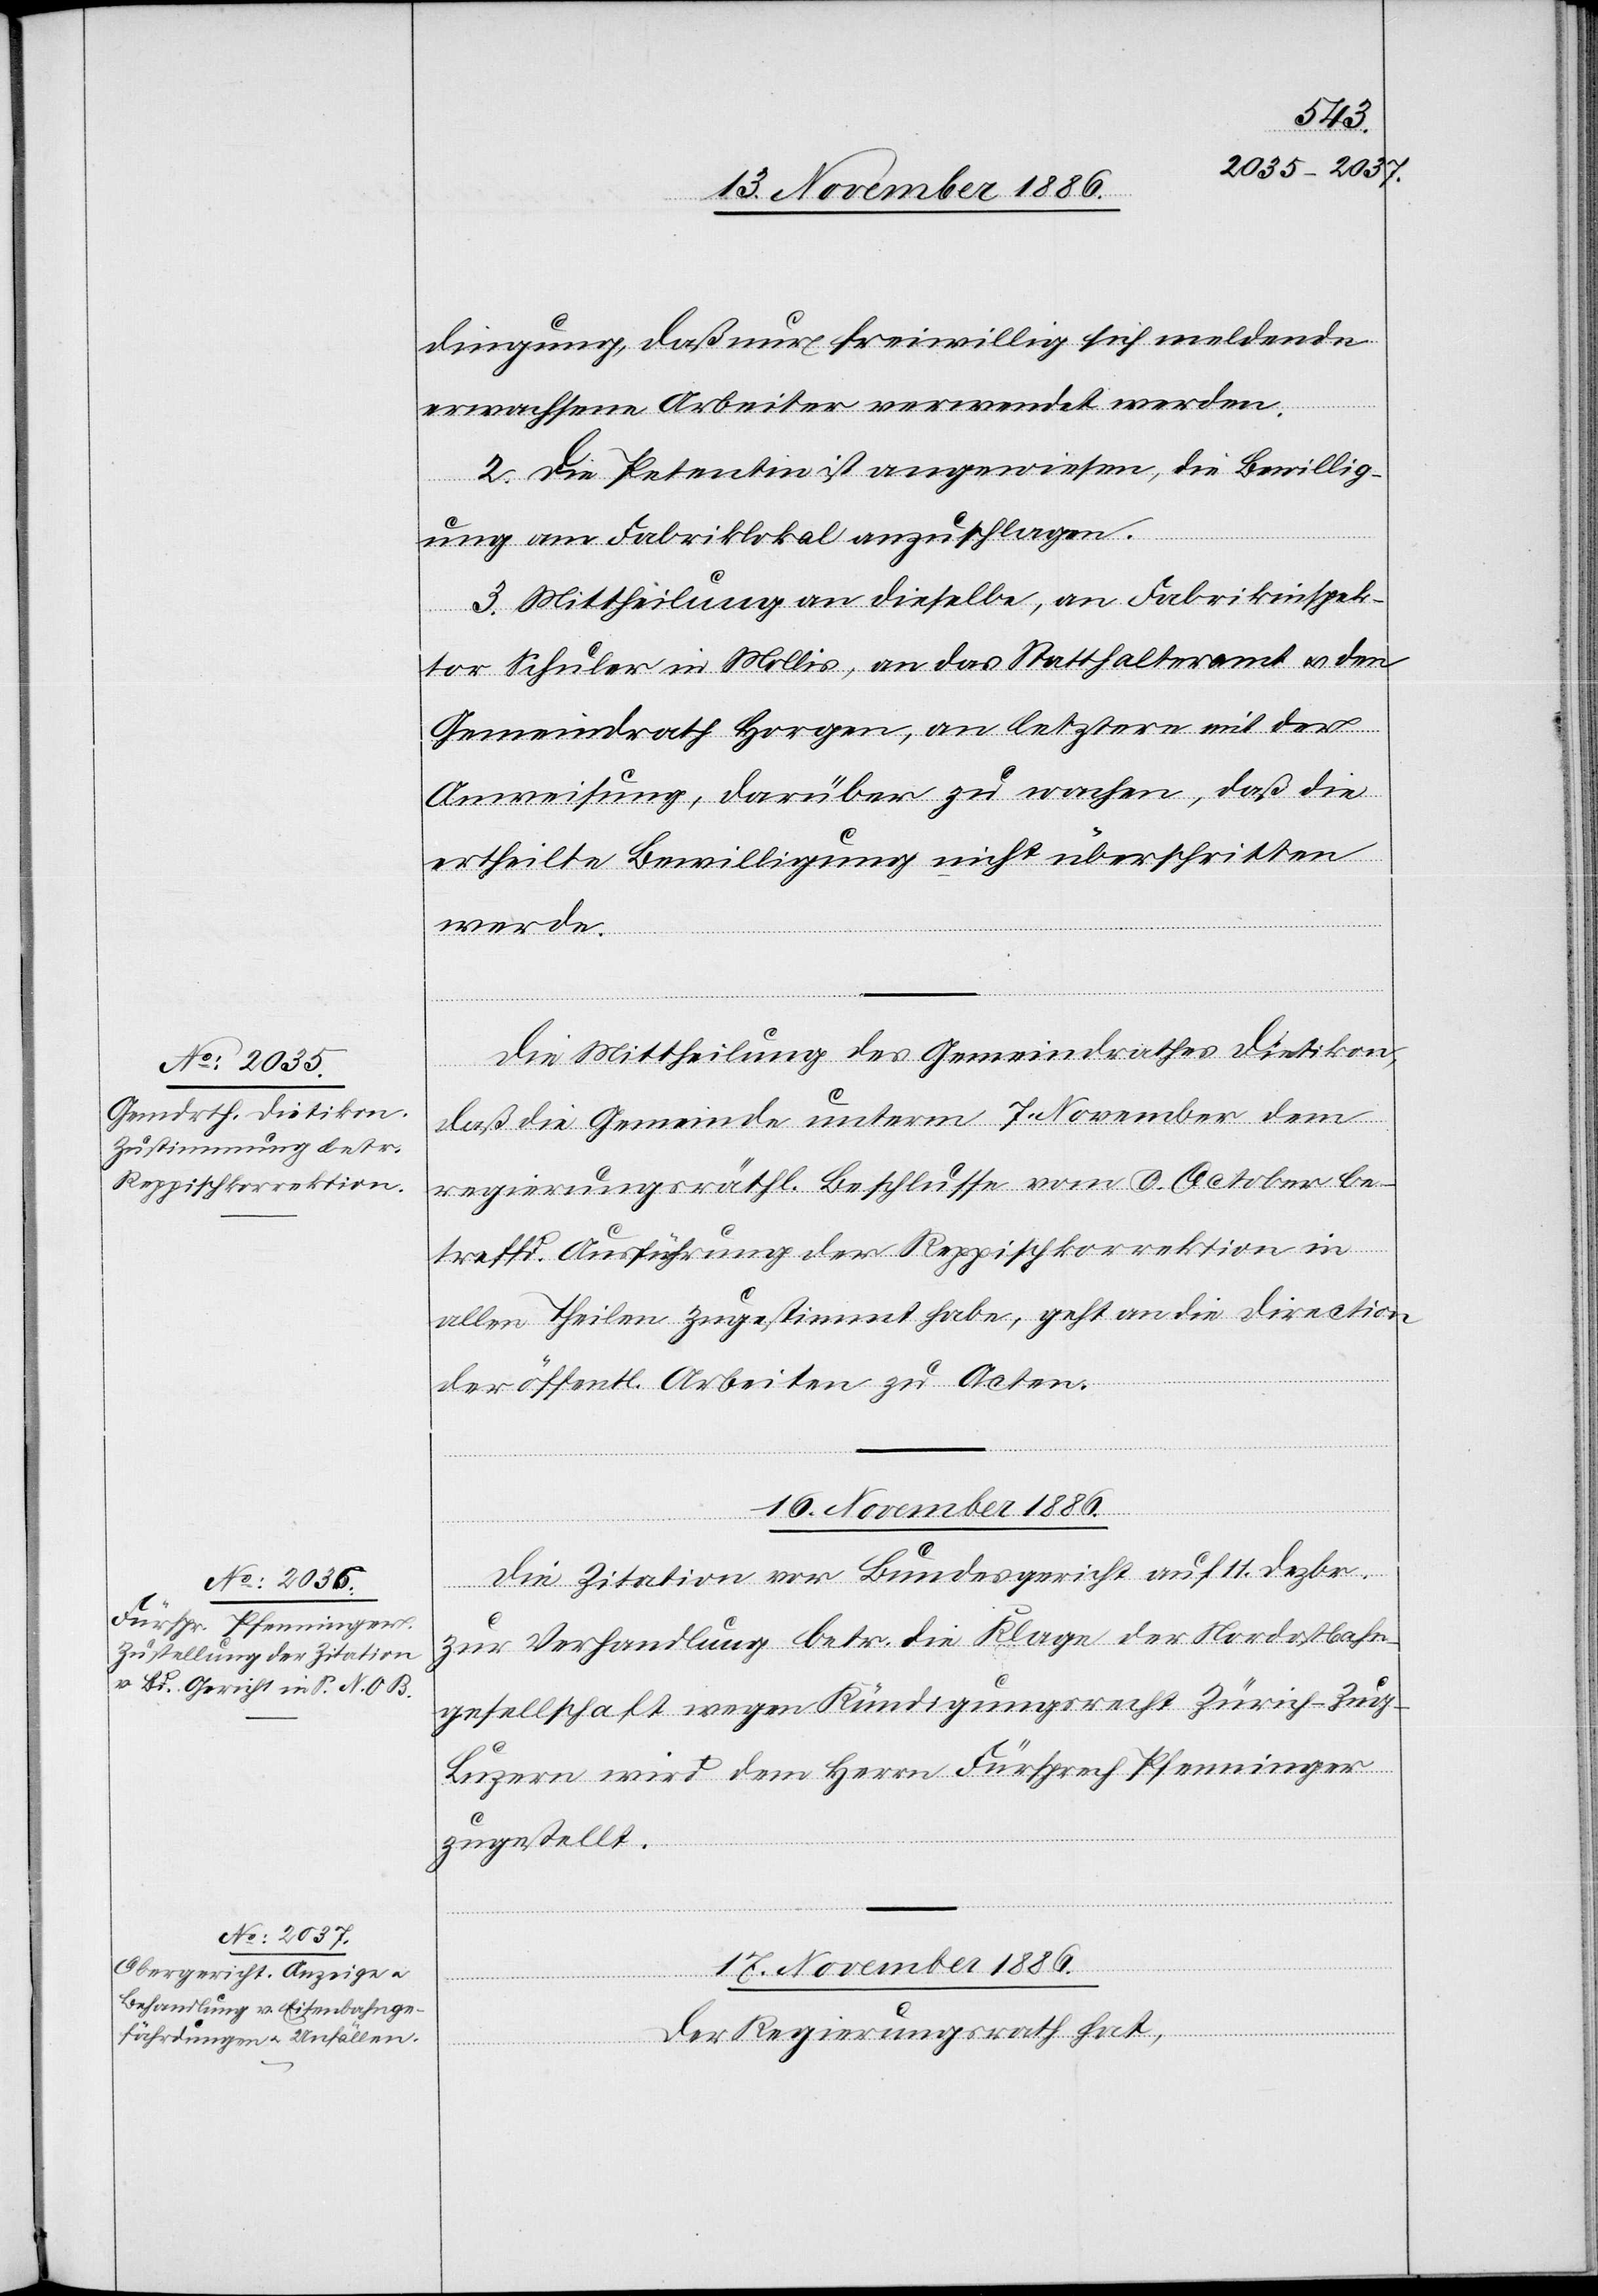
dingung, daß nur freiwillig sich meldende
erwachsene Arbeiter verwendet werden.
2. Die Petentin ist angewiesen, die Bewillig¬
ung am Fabriklokal anzuschlagen.
3. Mittheilung an dieselbe, an Fabrikinspek¬
tor Schuler in Mollis, an das Statthalteramt & den
Gemeindrath Horgen, an letztere mit der
Anweisung, darüber zu wachen, daß die
ertheilte Bewilligung nicht überschritten
werde.
Die Mittheilung des Gemeindrathes Dietikon,
daß die Gemeinde unterm 7. November dem
regierungsräthl. Beschlusse vom 9. October be¬
treffd. Ausführung der Reppischkorrektion in
allen Theilen zugestimmt habe, geht an die Direction
der öffentl. Arbeiten zu Acten.
Die Zitation vor Bundesgericht auf 11. Dezbr.
zur Verhandlung betr. die Klage der Nordostbahn¬
gesellschaft wegen Kündigungsrecht Zürich–Zug–L¬
uzern wird dem Herrn Fürsprech Pfenninger
zugestellt.
17. November 1886.
Der Regierungsrath hat,